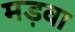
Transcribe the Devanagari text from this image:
मड़वा